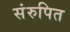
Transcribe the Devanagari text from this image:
संरुपित